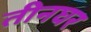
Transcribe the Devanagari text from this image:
तीनघर